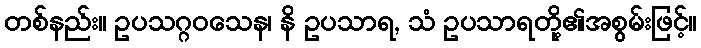
တစ်နည်း။ ဥပသဂ္ဂဝသေန၊ နိ ဥပသာရ, သံ ဥပသာရတို့၏အစွမ်းဖြင့်။